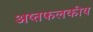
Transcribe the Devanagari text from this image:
अष्तफलकीय